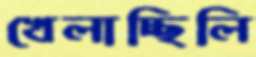
খেলাচ্ছিলি